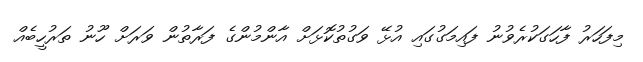
މިފަހަރު ފާހަގަކުރެވުނު ފައިމަގުގައި އުޅޭ ވަގުތުކޮޅަށް އާންމުންގެ ފަރާތުން ވަރަށް ހޫނު ތަރުހީބެއް